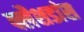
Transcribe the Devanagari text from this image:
फ्लैशडांस